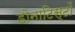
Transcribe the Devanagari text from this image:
डोनाटिस्टों